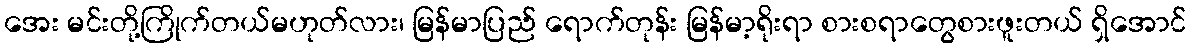
အေး မင်းတို့ကြိုက်တယ်မဟုတ်လား၊ မြန်မာပြည် ရောက်တုန်း မြန်မာ့ရိုးရာ စားစရာတွေစားဖူးတယ် ရှိအောင်